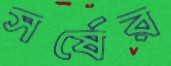
সর্ষের